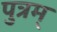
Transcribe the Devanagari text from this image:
पुत्रम्‌